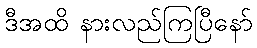
ဒီအထိ နားလည်ကြပြီနော်